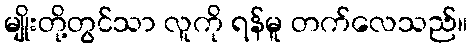
မျိုးတို့တွင်သာ လူကို ရန်မူ တက်လေသည်။